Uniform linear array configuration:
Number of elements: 12
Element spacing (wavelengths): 0.75
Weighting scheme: uniform
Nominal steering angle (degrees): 15
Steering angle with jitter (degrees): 14.785
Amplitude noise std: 0.05
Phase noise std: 0.05

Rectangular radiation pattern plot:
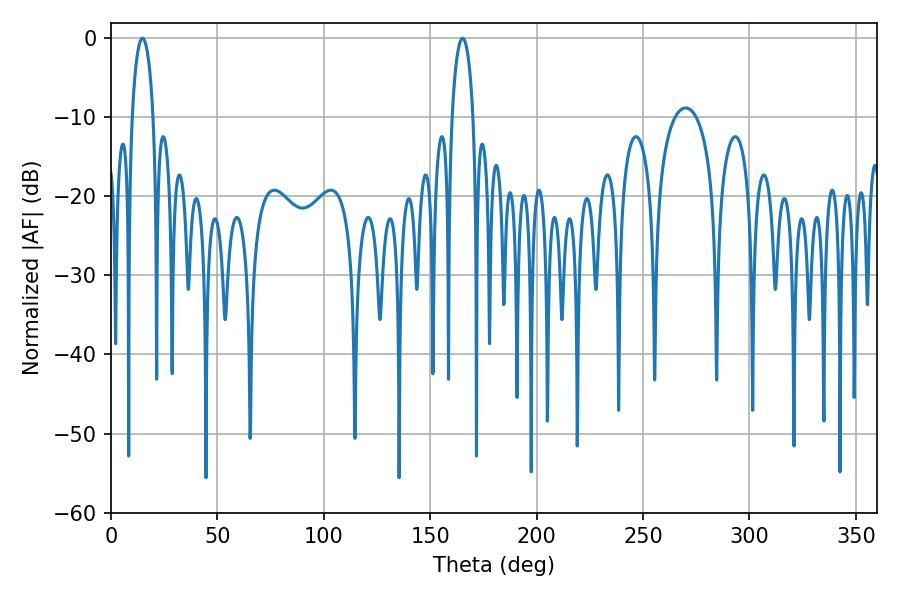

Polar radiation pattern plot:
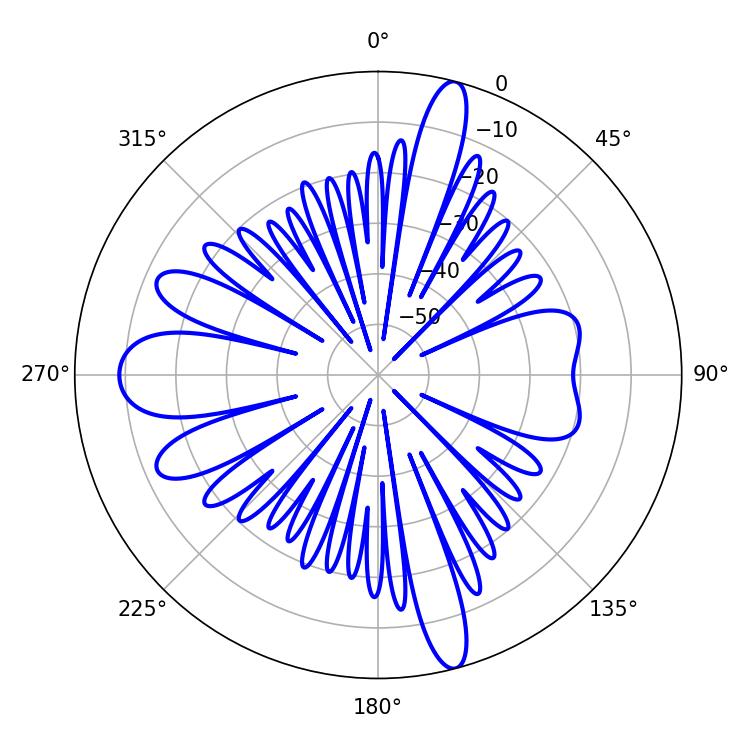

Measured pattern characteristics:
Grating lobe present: TRUE
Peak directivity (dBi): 22.212
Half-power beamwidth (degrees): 5.58
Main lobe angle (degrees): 14.76